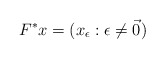
\begin{align*}F^* x = (x_\epsilon : \epsilon \ne \vec 0)\end{align*}